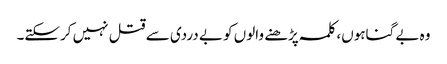
وہ بے گناہوں، کلمہ پڑھنے والوں کو بے دردی سے قتل نہیں کرسکتے۔